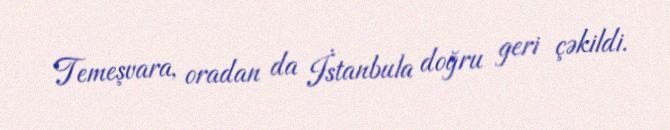
Temeşvara, oradan da İstanbula doğru geri çəkildi.